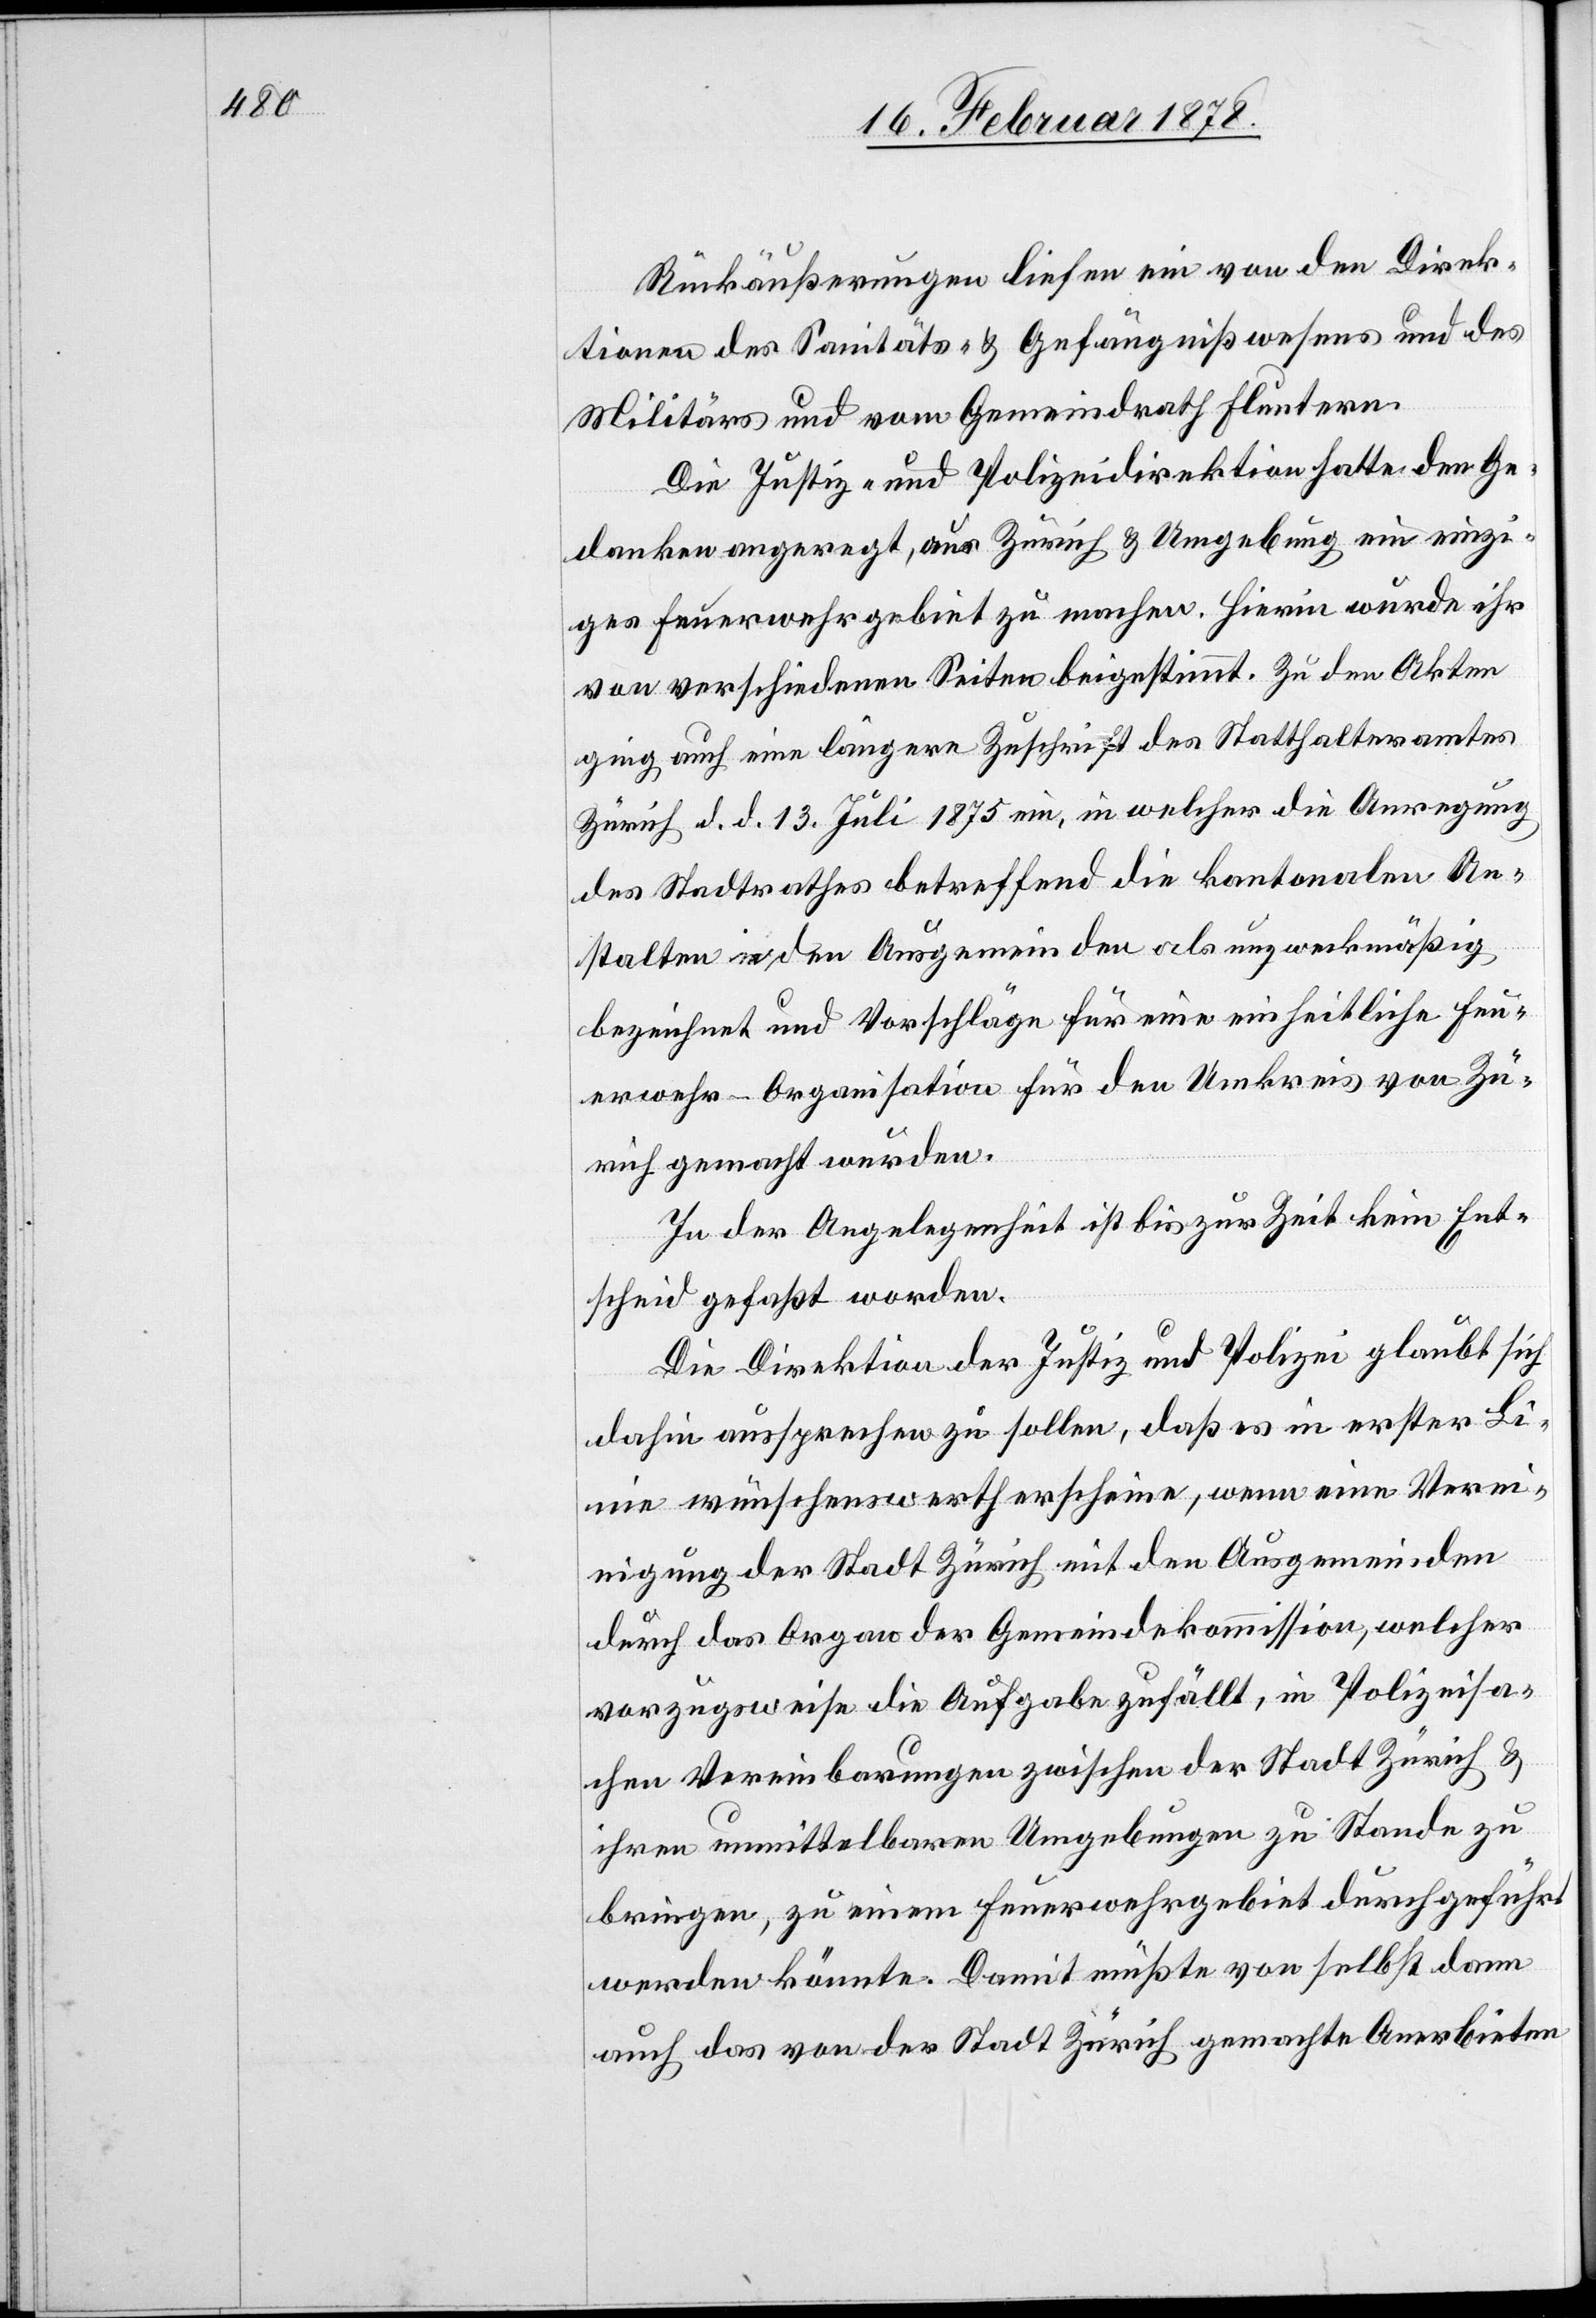
Rückäußerungen liefen ein von den Direk¬
tionen des Sanitäts- & Gefängnißwesens und des
Militärs und vom Gemeindrath Fluntern.
Die Justiz- und Polizeidirektion hatte den Ge¬
danken angeregt, aus Zürich & Umgebung ein einzi¬
ges Feuerwehrgebiet zu machen. Hierin wurde ihr
von verschiedenen Seiten beigestimmt. Zu den Akten
ging auch eine längere Zuschrift des Statthalteramtes
Zürich d. d. 13. Juli 1875 ein, in welcher die Anregung
des Stadtrathes betreffend die kantonalen An¬
stalten in den Ausgemeinden als unzweckmäßig
bezeichnet und Vorschläge für eine einheitliche Feu¬
erwehr-Organisation für den Umkreis von Zü¬
rich gemacht wurden.
In der Angelegenheit ist bis zur Zeit kein Ent¬
scheid gefaßt worden.
Die Direktion der Justiz und Polizei glaubt sich
dahin aussprechen zu sollen, daß es in erster Li¬
nie wünschenswerth erscheine, wenn eine Verei¬
nigung der Stadt Zürich mit den Ausgemeinden
durch das Organ der Gemeindekommission, welcher
vorzugsweise die Aufgabe zufällt, in Polizeisa¬
chen Vereinbarungen zwischen der Stadt Zürich &
ihren unmittelbaren Umgebungen zu Stande zu
bringen, zu einem Feuerwehrgebiet durchgeführt
werden könnte. Damit müßte von selbst dann
auch das von der Stadt Zürich gemachte Anerbieten